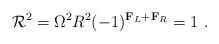
LaTeX: \begin{align*}{\cal R}^2 =\Omega^2 R^2 (-1)^{{\bf F}_L + {\bf F}_R} =1\ .\end{align*}